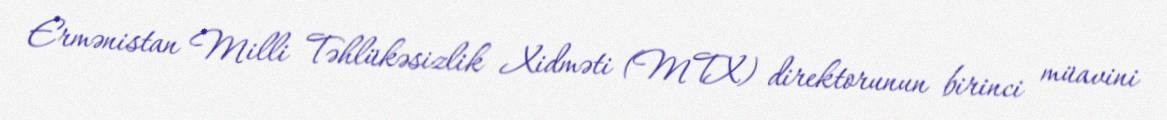
Ermənistan Milli Təhlükəsizlik Xidməti (MTX) direktorunun birinci müavini